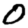
Digit: 0